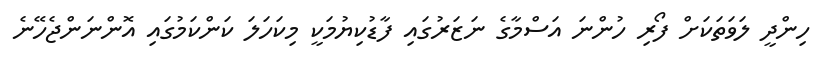
ހިންދީ ލަވަތަކަށް ފޯރި ހުންނަ އަސްމާގެ ނަޒަރުގައި ފާޑުކިޔުމަކީ މިކަހަލަ ކަންކަމުގައި އޮންނަންޖެހޭނެ